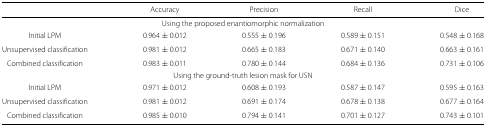
<table><thead><tr><td></td><td><b>Accuracy</b></td><td><b>Precision</b></td><td><b>Recall</b></td><td><b>Dice</b></td></tr></thead><tbody><tr><td colspan="4">Using the proposed enantiomorphic normalization</td><td></td></tr><tr><td>Initial LPM</td><td>0.964±0.012</td><td>0.555±0.196</td><td>0.589±0.151</td><td>0.548±0.168</td></tr><tr><td>Unsupervised classification</td><td>0.981±0.012</td><td>0.665±0.183</td><td>0.671±0.140</td><td>0.663±0.161</td></tr><tr><td>Combined classification</td><td>0.983±0.011</td><td>0.780±0.144</td><td>0.684±0.136</td><td>0.731±0.106</td></tr><tr><td colspan="4">Using the ground-truth lesion mask for USN</td><td></td></tr><tr><td>Initial LPM</td><td>0.971±0.012</td><td>0.608±0.193</td><td>0.587±0.147</td><td>0.595±0.163</td></tr><tr><td>Unsupervised classification</td><td>0.981±0.012</td><td>0.691±0.174</td><td>0.678±0.138</td><td>0.677±0.164</td></tr><tr><td>Combined classification</td><td>0.985±0.010</td><td>0.794±0.141</td><td>0.701±0.127</td><td>0.743±0.101</td></tr></tbody></table>